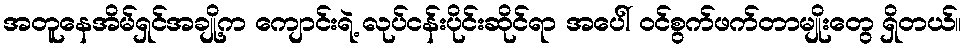
အတူနေအိမ်ရှင်အချို့က ကျောင်းရဲ့ လုပ်ငန်းပိုင်းဆိုင်ရာ အပေါ် ဝင်စွက်ဖက်တာမျိုးတွေ ရှိတယ်။